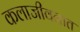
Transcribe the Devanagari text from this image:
कलाजीवनात